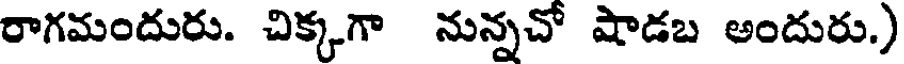
రాగమందురు. చిక్కగా నున్నచో షాడబ అందురు.)